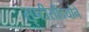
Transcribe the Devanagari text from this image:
सृष्टीसौंदर्याने